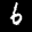
Label: 6